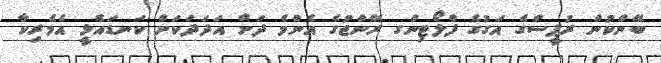
ބޭންކުން ރުޕީސްގެ އަގުގެ ފްލޯޓިންގ ރޭންޖުގެ އެންމެ ދަށް އަދަދަކަށް ކަނޑައެޅީ އެމެރިކާ